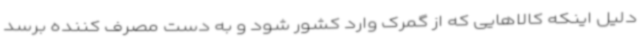
دلیل اینکه کالاهایی که از گمرک وارد کشور شود و به دست مصرف کننده برسد